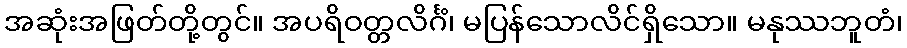
အဆုံးအဖြတ်တို့တွင်။ အပရိဝတ္တလိင်္ဂံ၊ မပြန်သောလိင်ရှိသော။ မနုဿဘူတံ၊